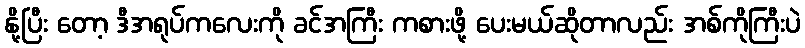
နို့ပြီး တော့ ဒီအရုပ်ကလေးကို ခင်အကြီး ကစားဖို့ ပေးမယ်ဆိုတာလည်း အစ်ကိုကြီးပဲ